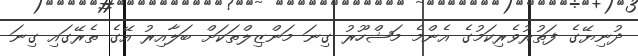
ދުނިޔޭގެ ފަތުރުވެރިކަމުގެ އެންމެ މަޝްހޫރު ގިނަ މަންޒިލްތަކަށް ބަލާއިރު އޭގެ ތެރޭގައި ގިނަ